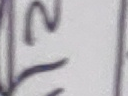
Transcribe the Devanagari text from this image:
२